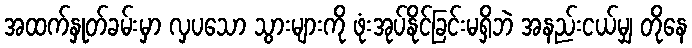
အထက်နှုတ်ခမ်းမှာ လှပသော သွားများကို ဖုံးအုပ်နိုင်ခြင်းမရှိဘဲ အနည်းငယ်မျှ တိုနေ